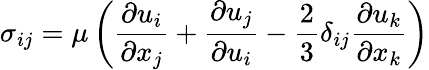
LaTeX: \sigma_{ij}=\mu\left(\frac{\partial u_{i}}{\partial x_{j}}+\frac{\partial u_{j}}{\partial u_{i}}-\frac{2}{3}\delta_{ij}\frac{\partial u_{k}}{\partial x_{k}}\right)